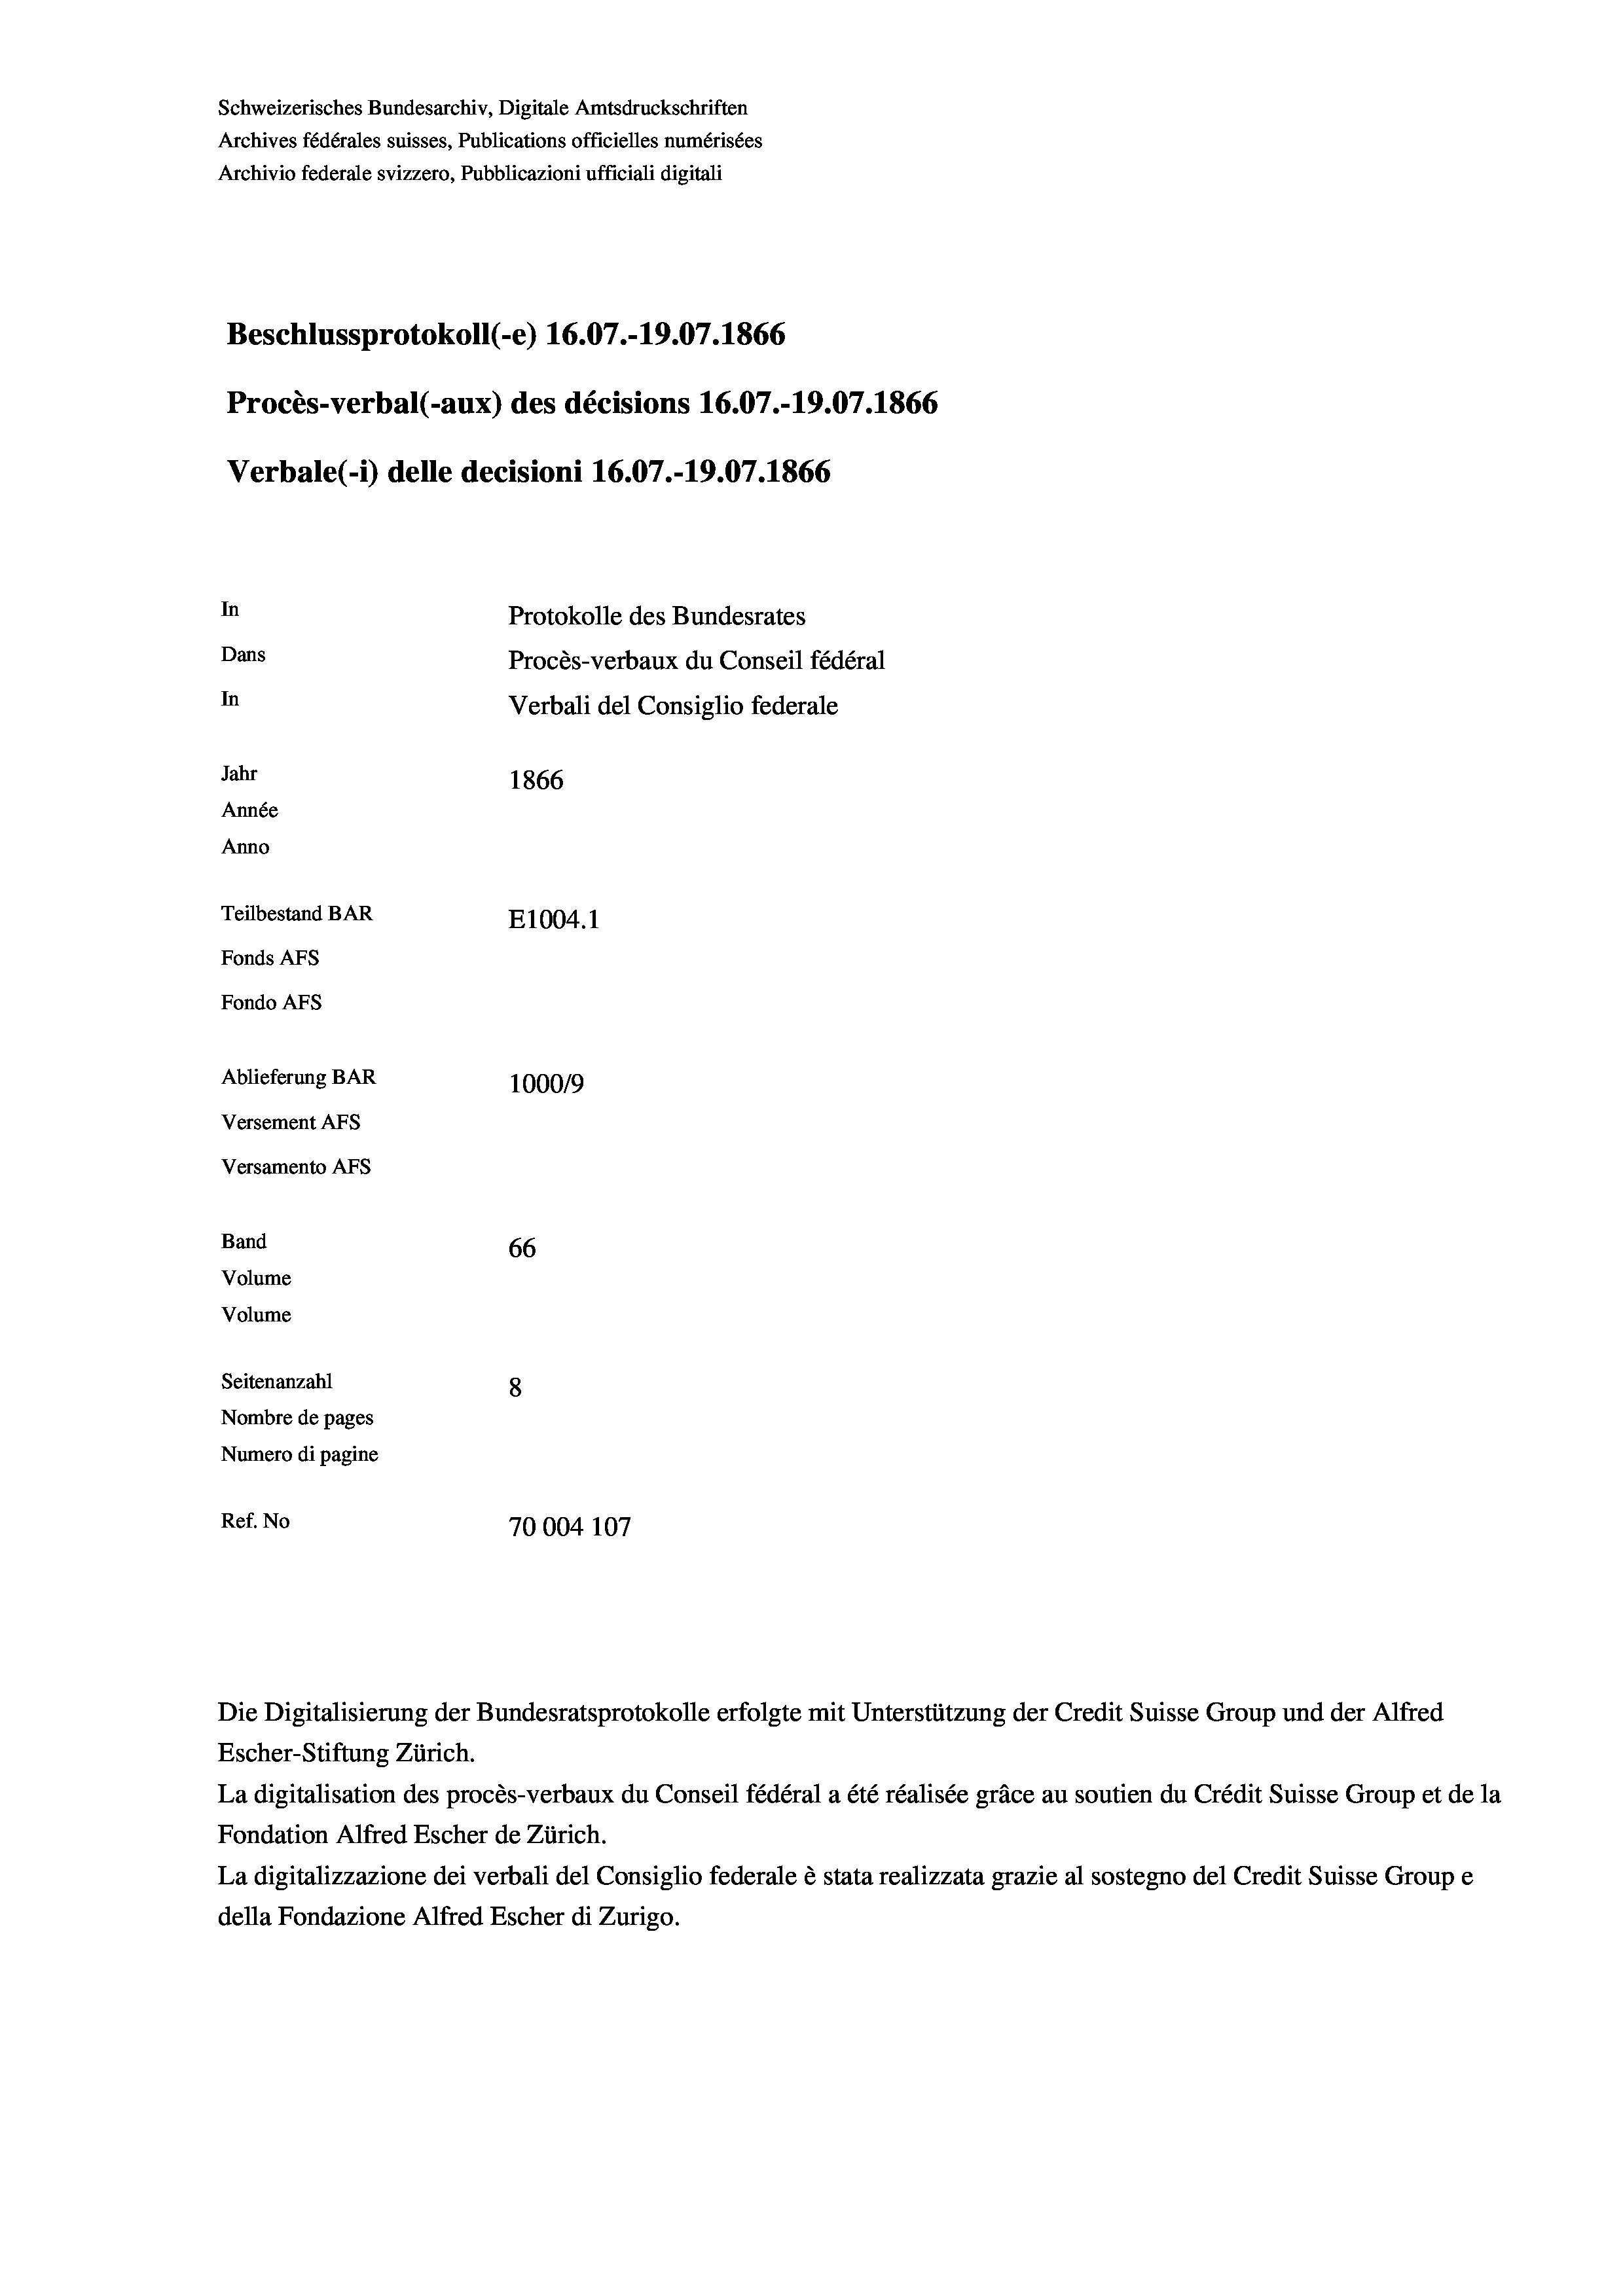
Schweizerisches Bundesarchiv, Digitale Amtsdruckschriften
Archives fédérales suisses, Publications officielles numérisées
Archivio federale svizzero, Pubblicazioni ufficiali digitali
Beschlussprotokoll (-e) 16.07.-19.07. 1866
Procès-verbal (-aux) des décisions 16.07.-19.07. 1866
Verbale (i) delle decisioni 16.07.-19.07. 1866
In
Protokolle des Bundesrates
Dans
Procès-verbaux du Conseil fédéral
In
Verbali del Consiglio federale
Jahr
1866
Année
Anno
Teilbestand BAR
E1004. 1
Fonds AFs
Fondo AFs
Ablieferung BAR
100019
Versement AFs
Versamento Afs

Band
Volume
Volume

66
Seitenanzahl
8
Nombre de pages
Numero di pagine
Ref. No
70004 107

Escher-Stiftung Zürich.
La digitalisation des procès-verbaux du Conseil fédéral a été réalisée gräce au soutien du Crédit Suisse Group et de la
Fondation Alfred Escher de Zürich.
La digitalizzazione dei verbali del Consiglio federale è stata realizzata grazie al sostegno del Credit Suisse Groupe
della Fondazione Alfred Escher di Zurigo.

Die Digitalisierung der Bundesratsprotokolle erfolgte mit Unterstützung der Credit Suisse Group und der Alfred